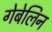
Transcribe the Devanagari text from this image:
गेबेलिन